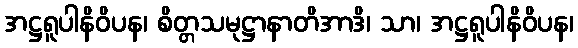
အဋ္ဌရူပါနိဝိပန၊ စိတ္တသမုဋ္ဌာနာတိအာဒိ၊ သာ၊ အဋ္ဌရူပါနိဝိပန၊